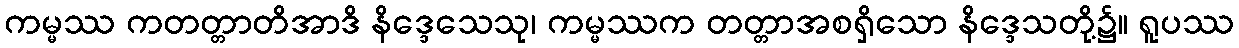
ကမ္မဿ ကတတ္တာတိအာဒိ နိဒ္ဒေသေသု၊ ကမ္မဿက တတ္တာအစရှိသော နိဒ္ဒေသတို့၌။ ရူပဿ